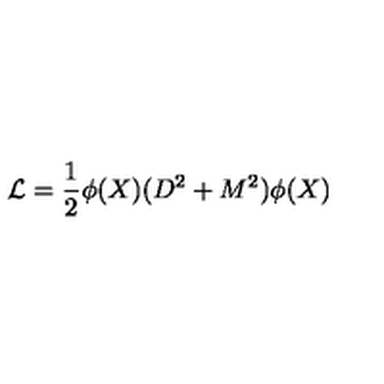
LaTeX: \mathcal { L } = \frac { 1 } { 2 } \phi ( X ) ( D ^ { 2 } + M ^ { 2 } ) \phi ( X )